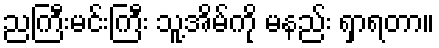
ညကြီးမင်းကြီး သူ့အိမ်ကို မနည်း ရှာရတာ။